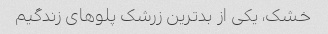
خشک، یکی از بدترین زرشک پلوهای زندگیم